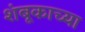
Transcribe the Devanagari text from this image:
शंबूकाच्या